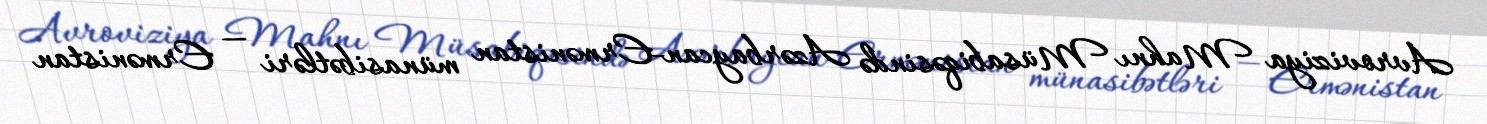
Avroviziya Mahnı Müsabiqəsində Azərbaycan-Ermənistan münasibətləri — Ermənistan